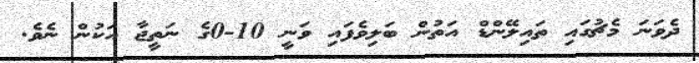
ދެވަނަ މެޗުގައި ތައިލޭންޑް އަތުން ބަލިވެފައި ވަނީ 10-0ގެ ނަތީޖާ އަކުން ނެވެ.